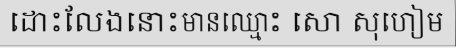
ដោះលែងនោះមានឈ្មោះ សោ សុហៀម